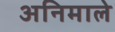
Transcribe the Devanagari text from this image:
अनिमाले